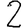
Digit: 2